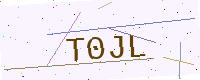
Text: T0JL